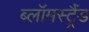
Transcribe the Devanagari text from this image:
ब्लॉमस्ट्रैंड